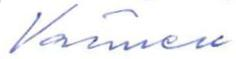
Värmen